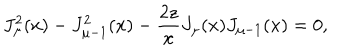
LaTeX: J _ { \mu } ^ { 2 } ( x ) - J _ { \mu - 1 } ^ { 2 } ( x ) - \frac { 2 z } { x } J _ { \mu } ( x ) J _ { \mu - 1 } ( x ) = 0 ,